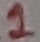
Text: 1